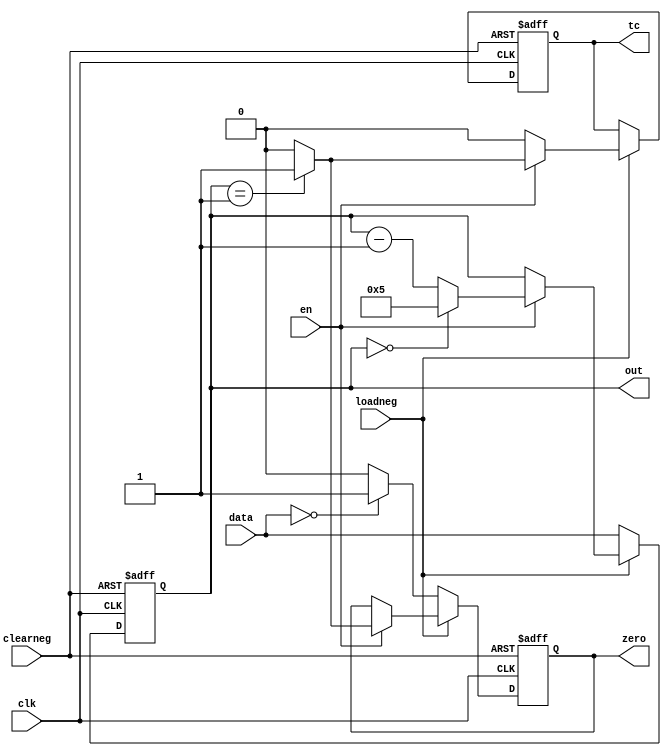
module contadormod6(input wire [3:0] data, input wire loadneg,clearneg,clk,en,output reg [3:0] out,output reg tc,zero);
initial begin
	out<=0;
	zero<=1;
	tc<=0;
end
always @(posedge clk or negedge clearneg) begin
	if(!clearneg)begin
		out<=0; zero<=1; tc<=1;
	end
	else if(!loadneg)begin
		out<=data; zero<=(data==0)?1:0;
	end
	else begin
		if(en) begin
			out<=out-1;
			case(out)
				4'b0001:begin zero<=1; tc<=1; end// esta definido no 1 porque a alterao so ocorre no proximo pulso de clock
				4'b0000:begin out<=5;zero<=0; tc<=0; end// explicao anloga a da linha acima
				default:begin zero<=0; tc<=0; end
			endcase
		end
		else begin
			out<=out; tc<=0; 
		end
	end
end
endmodule